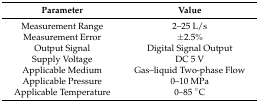
<table><thead><tr><td><b>Parameter</b></td><td><b>Value</b></td></tr></thead><tbody><tr><td>Measurement Range</td><td>2–25 L/s</td></tr><tr><td>Measurement Error</td><td>±2.5%</td></tr><tr><td>Output Signal</td><td>Digital Signal Output</td></tr><tr><td>Supply Voltage</td><td>DC 5 V</td></tr><tr><td>Applicable Medium</td><td>Gas–liquid Two-phase Flow</td></tr><tr><td>Applicable Pressure</td><td>0–10 MPa</td></tr><tr><td>Applicable Temperature</td><td>0–85 °C</td></tr></tbody></table>